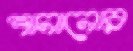
শানানোর